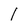
Character: l